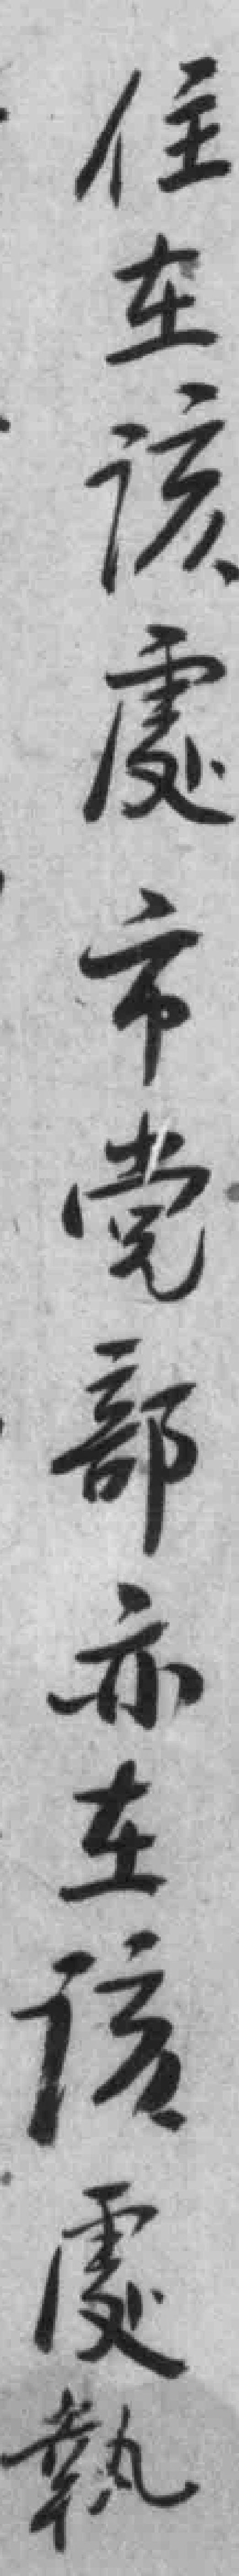
住在该處市党部亦在该處執